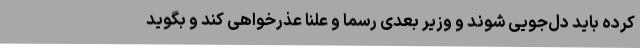
کرده باید دل‌جویی شوند و وزیر بعدی رسما و علنا عذرخواهی کند و بگوید